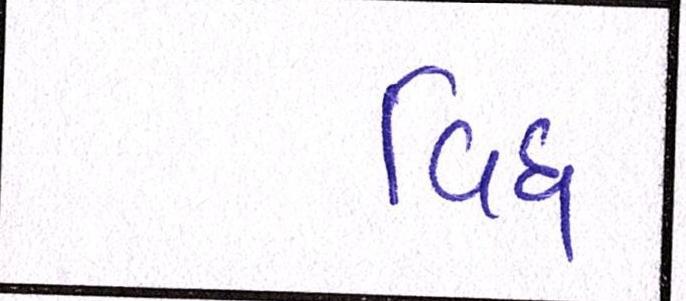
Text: વિધ